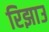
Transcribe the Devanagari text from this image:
रिझाउ